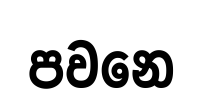
පවනෙ